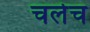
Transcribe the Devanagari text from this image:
चलेच